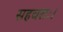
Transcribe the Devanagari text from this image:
सहचराः।